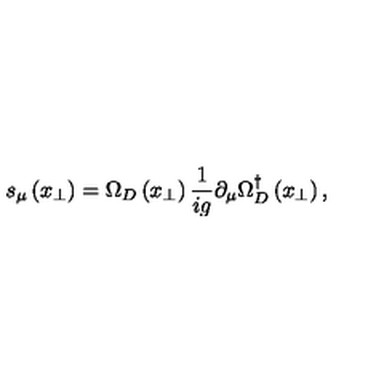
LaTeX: s _ { \mu } \left( x _ { \perp } \right) = \Omega _ { D } \left( x _ { \perp } \right) \frac { 1 } { i g } \partial _ { \mu } \Omega _ { D } ^ { \dagger } \left( x _ { \perp } \right) ,